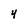
Character: 4